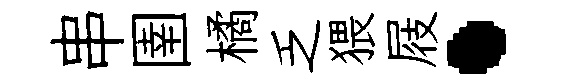
串圉橘乏猥屐·